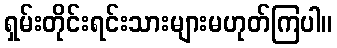
ရှမ်းတိုင်းရင်းသားများမဟုတ်ကြပါ။